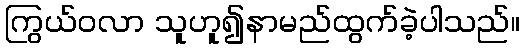
ကြွယ်ဝလာ သူဟူ၍နာမည်ထွက်ခဲ့ပါသည်။